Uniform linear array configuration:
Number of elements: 12
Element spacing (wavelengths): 0.25
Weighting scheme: exponential
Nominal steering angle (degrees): -45
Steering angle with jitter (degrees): -44.272
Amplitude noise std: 0.05
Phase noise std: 0.05

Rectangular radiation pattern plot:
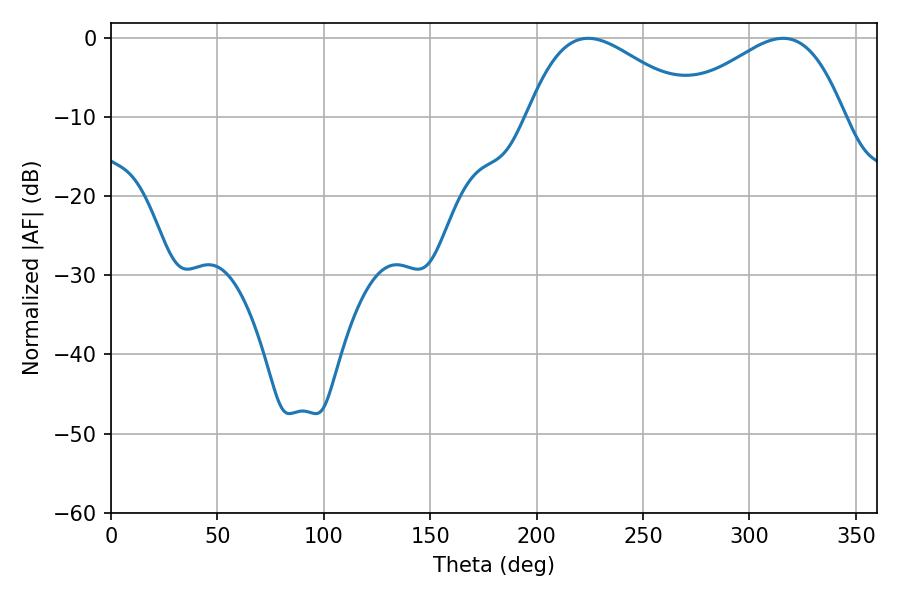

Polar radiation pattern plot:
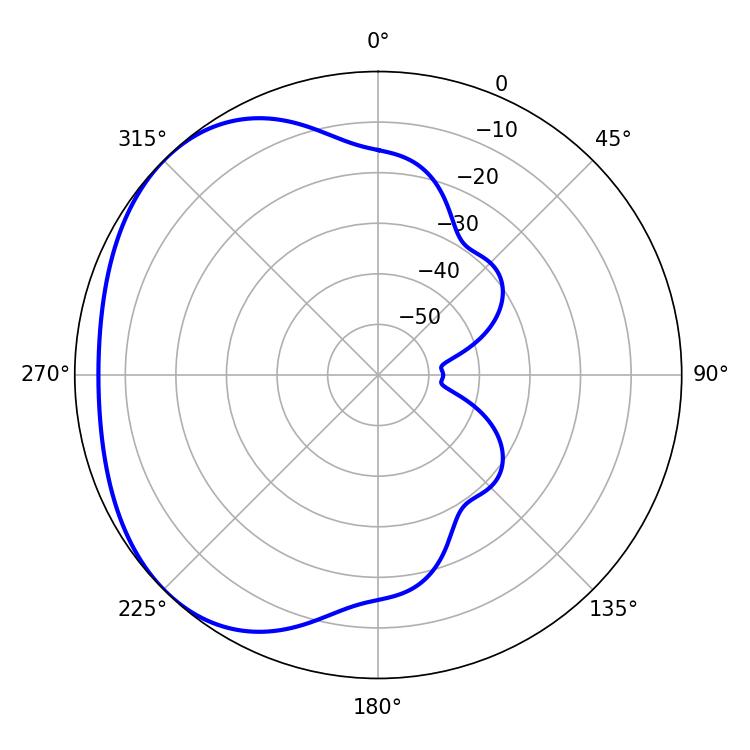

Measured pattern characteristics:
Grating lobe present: FALSE
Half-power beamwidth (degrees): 42.3
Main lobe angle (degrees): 224.28